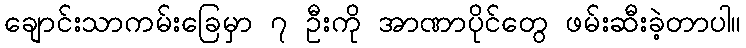
ချောင်းသာကမ်းခြေမှာ ၇ ဦးကို အာဏာပိုင်တွေ ဖမ်းဆီးခဲ့တာပါ။